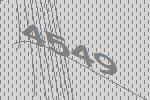
4549